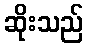
ဆိုးသည်